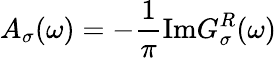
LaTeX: A_{\sigma}(\omega)=-\frac{1}{\pi}\mathrm{Im}G_{\sigma}^{R}(\omega)